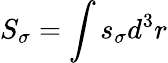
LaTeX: S_{\sigma}=\int s_{\sigma}d^{3}r